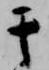
其